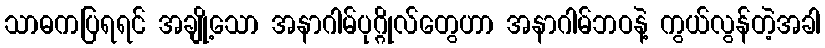
သာဓကပြရရင် အချို့သော အနာဂါမ်ပုဂ္ဂိုလ်တွေဟာ အနာဂါမ်ဘဝနဲ့ ကွယ်လွန်တဲ့အခါ